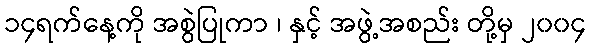
၁၄ရက်နေ့ကို အစွဲပြုကာ ၊ နှင့် အဖွဲ့အစည်း တို့မှ ၂၀၀၄